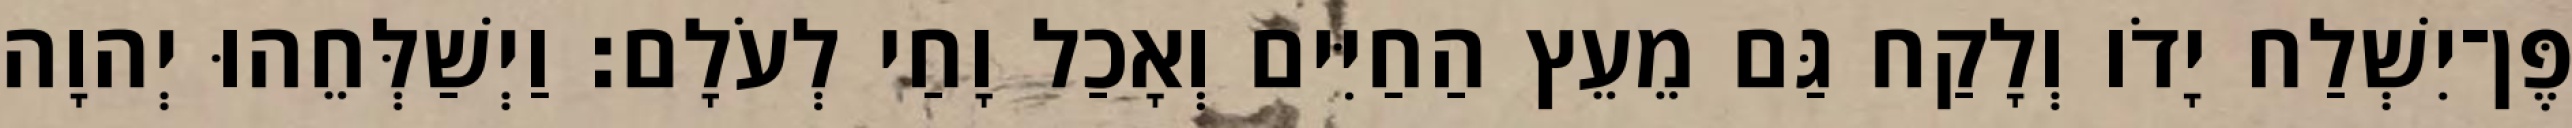
פֶּן־יִשְׁלַח יָדֹו וְלָקַח גַּם מֵעֵץ הַחַיִּים וְאָכַל וָחַי לְעֹלָם׃ וַיְשַׁלְּחֵהוּ יְהוָה